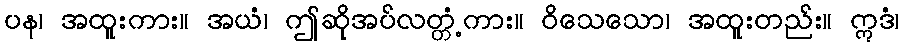
ပန၊ အထူးကား။ အယံ၊ ဤဆိုအပ်လတ္တံ့ကား။ ဝိသေသော၊ အထူးတည်း။ ဣဒံ၊